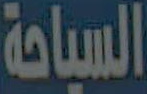
السياحة